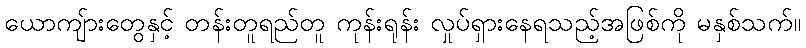
ယောကျ်ားတွေနှင့် တန်းတူရည်တူ ကုန်းရုန်း လှုပ်ရှားနေရသည့်အဖြစ်ကို မနှစ်သက်။